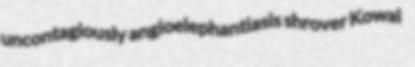
uncontagiously angioelephantiasis shrover Kowal